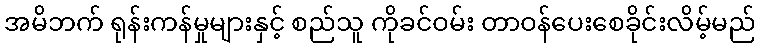
အမိဘက် ရုန်းကန်မှုများနှင့် စည်သူ ကိုခင်ဝမ်း တာဝန်ပေးစေခိုင်းလိမ့်မည်